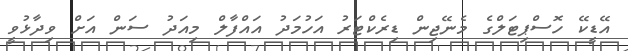
އޭޑީކޭ ހޮސްޕިޓަލްގެ މެނޭޖިން ޑިރެކްޓަރު އަހުމަދު އައްފާލް މިއަދު ސަން އަށް ވިދާޅުވީ